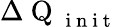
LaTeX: \Delta\mathrm{~Q~}_{\mathrm{~i~n~i~t~}}